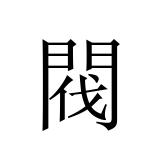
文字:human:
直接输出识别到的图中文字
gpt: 閥